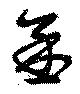
丞